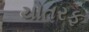
ચોતરફ